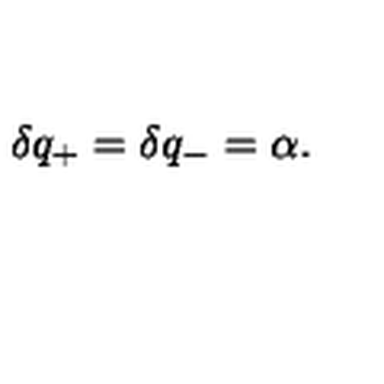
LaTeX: \delta q _ { + } = \delta q _ { - } = \alpha .